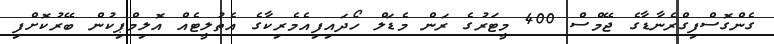
ގެންގޮސްފިގްރެނާޑާގެ ޖޭމްސް 400 މީޓަރުގެ ރަން މެޑަލް ހޯދައިފިއެމެރިކާގެ އެތުލީޓެއް އޮލިމްޕިކުން ބޭރުކޮށްފި